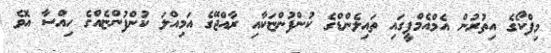
މިފްކޯގެ އިތުރުން އެމްއެމްޕީގައި ތައިލެންޑްގެ ކުންފުންޏަކާއި ރާއްޖޭގެ އަމިއްލަ ކުންފުންޏެއްގެ ހިއްސާ އޮވެ